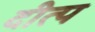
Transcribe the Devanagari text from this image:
दीत्प